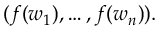
( f ( w _ { 1 } ) , \ldots , f ( w _ { n } ) ) .